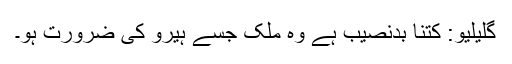
گلیلیو: کتنا بدنصیب ہے وہ ملک جسے ہیرو کی ضرورت ہو۔